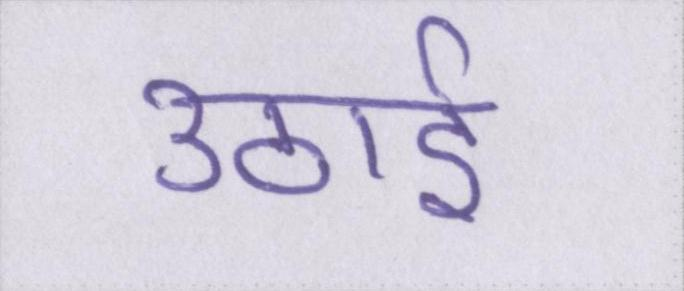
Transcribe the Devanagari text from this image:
उठाई